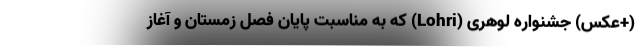
(+عکس) جشنواره لوهری (Lohri) که به مناسبت پایان فصل زمستان و آغاز